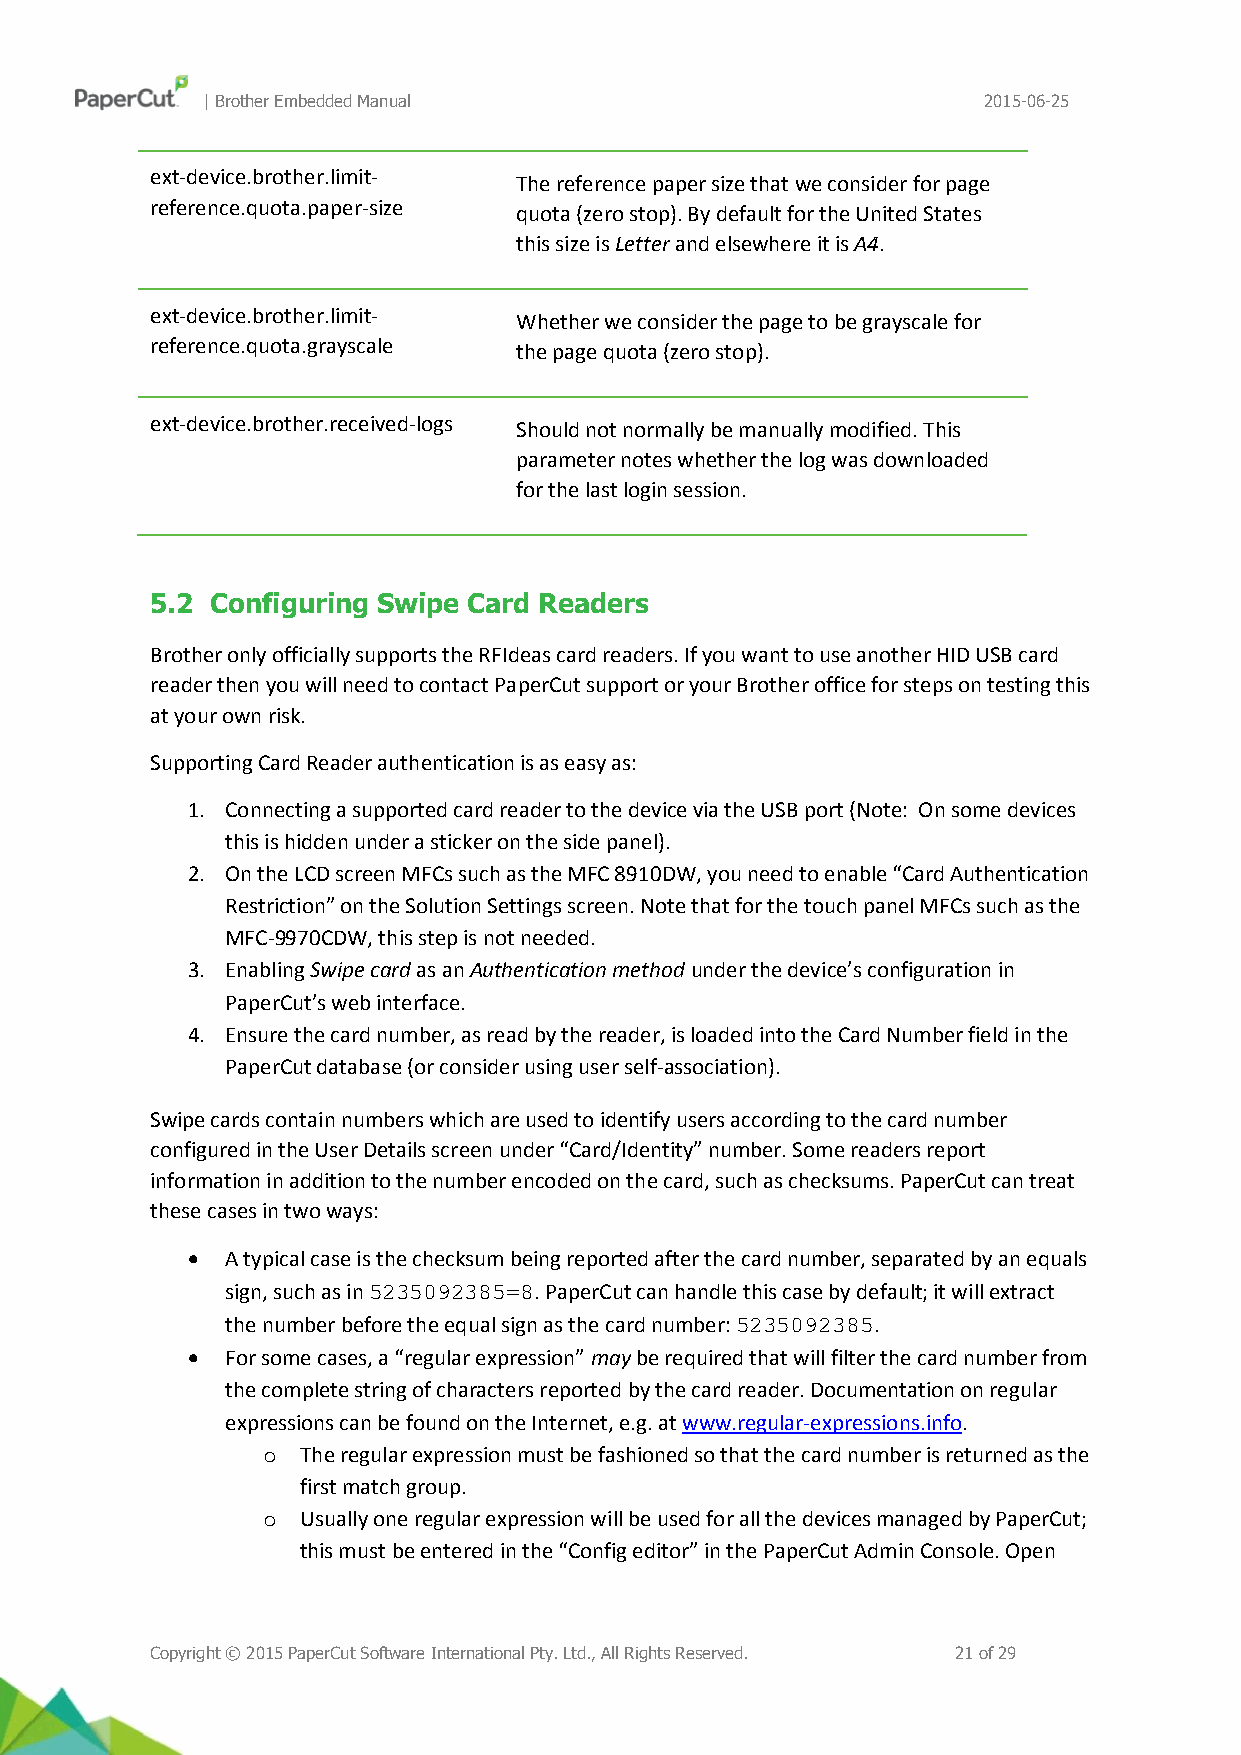
| Brother Embedded Manual                           2015-06-25
 ext-device.brother.limit- The reference paper size that we consider for page
 reference.quota.paper-size quota (zero stop). By default for the United States
 this size is Letter and elsewhere it is A4.
 ext-device.brother.limit- Whether we consider the page to be grayscale for
 reference.quota.grayscale the page quota (zero stop).
 ext-device.brother.received-logs Should not normally be manually modified. This
 parameter notes whether the log was downloaded
 for the last login session.
 5.2 Configuring Swipe Card Readers
 Brother only officially supports the RFIdeas card readers. If you want to use another HID USB card
 reader then you will need to contact PaperCut support or your Brother office for steps on testing this
 at your own risk.
 Supporting Card Reader authentication is as easy as:
 1. Connecting a supported card reader to the device via the USB port (Note: On some devices
 this is hidden under a sticker on the side panel).
 2. On the LCD screen MFCs such as the MFC 8910DW, you need to enable “Card Authentication
 Restriction” on the Solution Settings screen. Note that for the touch panel MFCs such as the
 MFC-9970CDW, this step is not needed.
 3. Enabling Swipe card as an Authentication method under the device’s configuration in
 PaperCut’s web interface.
 4. Ensure the card number, as read by the reader, is loaded into the Card Number field in the
 PaperCut database (or consider using user self-association).
 Swipe cards contain numbers which are used to identify users according to the card number
 configured in the User Details screen under “Card/Identity” number. Some readers report
 information in addition to the number encoded on the card, such as checksums. PaperCut can treat
 these cases in two ways:
   A typical case is the checksum being reported after the card number, separated by an equals
 sign, such as in 5235092385=8. PaperCut can handle this case by default; it will extract
 the number before the equal sign as the card number: 5235092385.
   For some cases, a “regular expression” may be required that will filter the card number from
 the complete string of characters reported by the card reader. Documentation on regular
 expressions can be found on the Internet, e.g. at www.regular-expressions.info.
 o  The regular expression must be fashioned so that the card number is returned as the
 first match group.
 o  Usually one regular expression will be used for all the devices managed by PaperCut;
 this must be entered in the “Config editor” in the PaperCut Admin Console. Open
 Copyright © 2015 PaperCut Software International Pty. Ltd., All Rights Reserved. 21 of 29